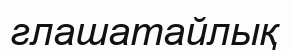
глашатайлық